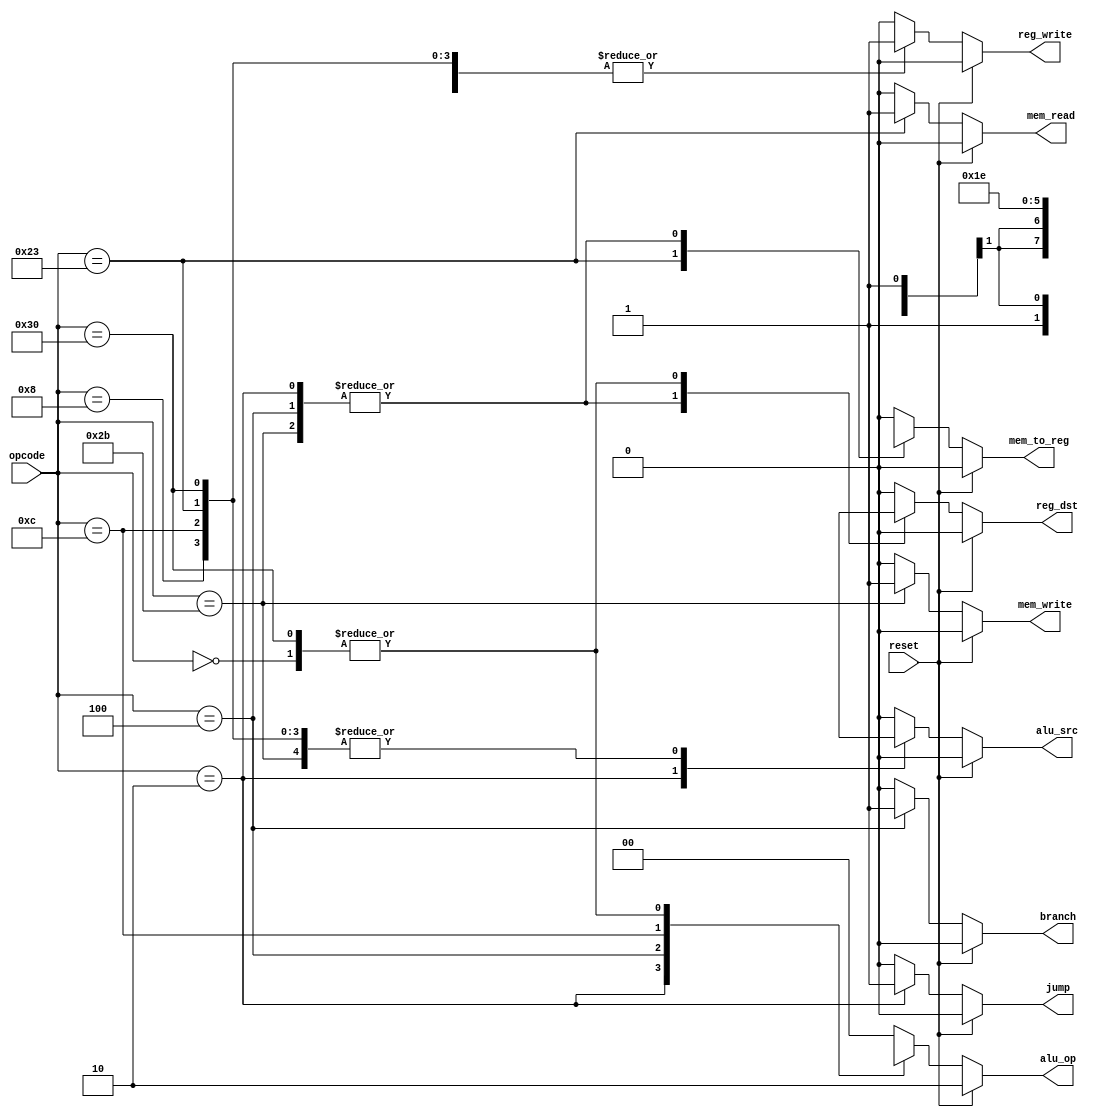
`timescale 1ns / 1ps
//////////////////////////////////////////////////////////////////////////////////
// Company: 
// 
// Design Name: 
// Module Name: control
// Project Name: 
// Target Devices: 
// Tool Versions: 
// Description: 
// 
// Dependencies: 
// 
// Revision:
// Revision 0.01 - File Created
// Additional Comments:
// 
//////////////////////////////////////////////////////////////////////////////////


module control(
    input reset,
    input[5:0] opcode,  
    output reg reg_dst, mem_to_reg, 
    output reg [1:0] alu_op,  
    output reg mem_read, mem_write, alu_src, reg_write, branch, jump 
    );
    
always @(*)  
begin  
   if(reset == 1'b1) 
   begin  
      reg_dst = 1'b0;  
      mem_to_reg = 1'b0;  
      alu_op = 2'b10;  //why is reset 10?
      mem_read = 1'b0;  
      mem_write = 1'b0;  
      alu_src = 1'b0;  
      reg_write = 1'b0;   
      //adding jump and branch  
      branch = 1'b0;
      jump = 1'b0;   
   end  
   else 
   begin  
      case(opcode) 
      6'b000000: 
      begin // add, and, or, sub, nor, mult, div, slt, xor (all R-types)
            reg_dst = 1'b1;  //1
            mem_to_reg = 1'b0;  
            alu_op = 2'b10; //all of them share 10 as ALU_op 
            mem_read = 1'b0;  
            mem_write = 1'b0;  
            alu_src = 1'b0;  
            reg_write = 1'b1; //1
            branch = 1'b0;
            jump = 1'b0;  
            
      end     
      6'b000010: 
      begin //jump
            reg_dst = 1'bx; //x  
            mem_to_reg = 1'bx; //x 
            alu_op = 2'bxx; //jump has no ALU_op 
            mem_read = 1'b0;  
            mem_write = 1'b0;  
            alu_src = 1'bx; //x  
            reg_write = 1'b0; 
            branch = 1'b0;
            jump = 1'b1;  //1
            
      end 
      6'b000100: 
      begin //beq
            reg_dst = 1'bx; //x  
            mem_to_reg = 1'bx; //x 
            alu_op = 2'b01;  //01
            mem_read = 1'b0;  
            mem_write = 1'b0;  
            alu_src = 1'b0;  
            reg_write = 1'b0; 
            branch = 1'b1; //1
            jump = 1'b0;  
            
      end       
      6'b001000: 
      begin // addi 
            reg_dst = 1'b0;  
            mem_to_reg = 1'b0;  
            alu_op = 2'b00; //00  
            mem_read = 1'b0;  
            mem_write = 1'b0;  
            alu_src = 1'b1;  //1 
            reg_write = 1'b1; //1
            branch = 1'b0;
            jump = 1'b0;    
      end 
      6'b001100: 
      begin // andi 
            reg_dst = 1'b0;  
            mem_to_reg = 1'b0;  
            alu_op = 2'b11; //11
            mem_read = 1'b0;  
            mem_write = 1'b0;  
            alu_src = 1'b1; //1 
            reg_write = 1'b1; //1
            branch = 1'b0;
            jump = 1'b0;    
      end 
      6'b100011: 
      begin // lw  
            reg_dst = 1'b0;  
            mem_to_reg = 1'b1;//1  
            alu_op = 2'b00;   //00 
            mem_read = 1'b1; //1 
            mem_write = 1'b0;  
            alu_src = 1'b1;  //1
            reg_write = 1'b1; //1
            branch = 1'b0;
            jump = 1'b0;   
       end   
      6'b101011: 
      begin // sw  
            reg_dst = 1'bx; //x
            mem_to_reg = 1'bx;  //x
            alu_op = 2'b00;  //00 
            mem_read = 1'b0;  
            mem_write = 1'b1; //1 
            alu_src = 1'b1;  //1
            reg_write = 1'b0; 
            branch = 1'b0;
            jump = 1'b0;  
      end  
      6'b110000: 
      begin // sll, srl, sra  (R-type, different opcode)
            reg_dst = 1'b1;  //1
            mem_to_reg = 1'b0;  
            alu_op = 2'b10; //all of them share 10 as ALU_op 
            mem_read = 1'b0;  
            mem_write = 1'b0;  
            alu_src = 1'b1;  //1 (shifting A B times, after B's sign extend)
            reg_write = 1'b1; //1
            branch = 1'b0;
            jump = 1'b0;  
      end  
      default: //added default
      begin
          reg_dst = 1'b0;  
          mem_to_reg = 1'b0;  
          alu_op = 2'b00;  
          mem_read = 1'b0;  
          mem_write = 1'b0;  
          alu_src = 1'b0;  
          reg_write = 1'b0;     
          branch = 1'b0;
          jump = 1'b0;   
      end
      endcase  
   end  
 end 
 endmodule